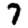
Digit: 7